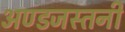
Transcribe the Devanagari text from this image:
अण्डजस्तनी